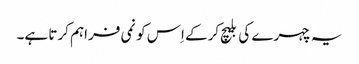
یہ چہرے کی بلیچ کرکے اِس کو نمی فراہم کرتا ہے۔